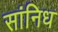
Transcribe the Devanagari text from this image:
सांनिध